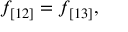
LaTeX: f _ { [ 1 2 ] } = f _ { [ 1 3 ] } ,